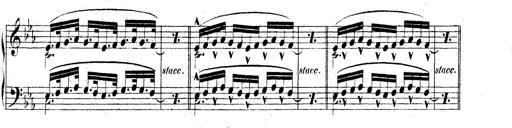
Title: Technische Studien
Composer: Franz Liszt